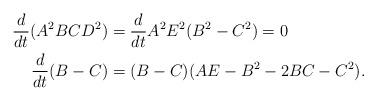
LaTeX: \begin{align*}\frac{d}{dt}(A^2BCD^2)&=\frac{d}{dt}A^2E^2(B^2-C^2)=0\\\frac{d}{dt}(B-C)&=(B-C)(AE-B^2-2BC-C^2).\end{align*}